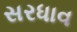
સરધાવ